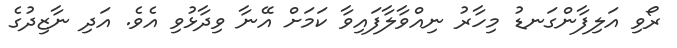
ރޯވި އަލިފާންގަނޑު މިހާރު ނިއްވާލާފައިވާ ކަމަށް އޭނާ ވިދާޅުވި އެވެ. އަދި ނާޒިދުގެ